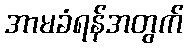
အာမခံရန်အတွက်